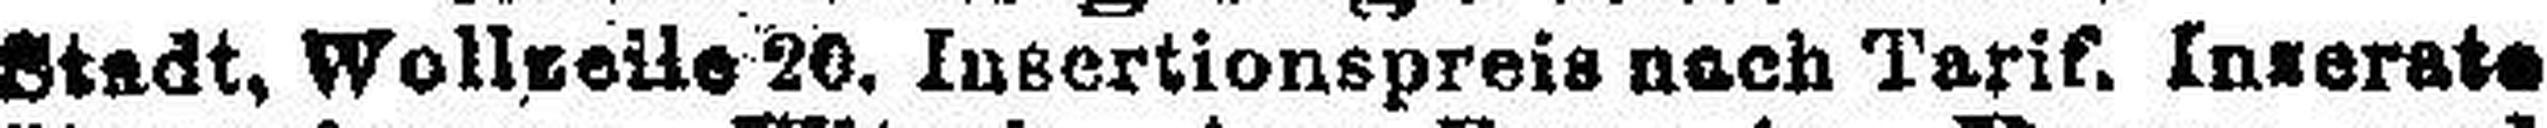
Stadt, Wollzeile 20. Insertionspreis nach Tarif. Inserate